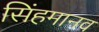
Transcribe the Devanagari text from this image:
सिंहमानव